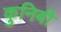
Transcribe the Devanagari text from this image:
कुनिबी